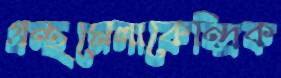
গ্রন্থমেলাকেন্দ্রিক